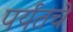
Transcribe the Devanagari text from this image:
पर्यतचे